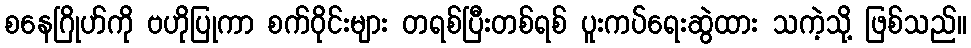
စနေဂြိုဟ်ကို ဗဟိုပြုကာ စက်ဝိုင်းများ တရစ်ပြီးတစ်ရစ် ပူးကပ်ရေးဆွဲထား သကဲ့သို့ ဖြစ်သည်။